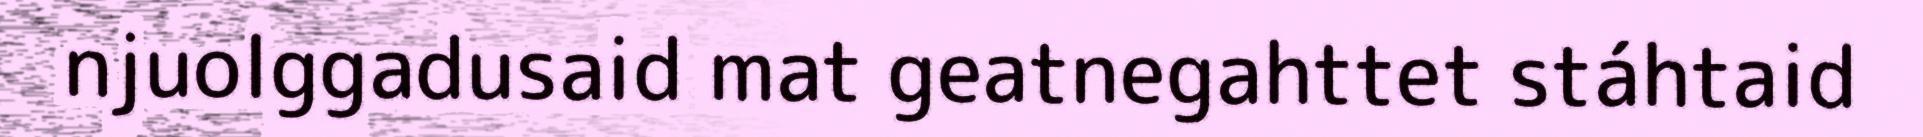
njuolggadusaid mat geatnegahttet stáhtaid